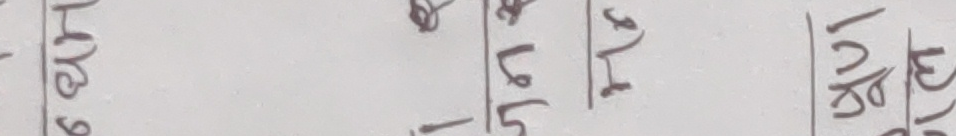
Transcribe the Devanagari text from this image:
६९४
१९६
३५
७४०